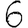
Digit: 6